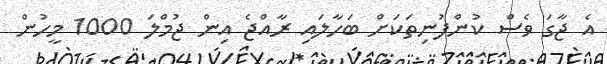
އެ ޖާގަ ވެސް ކުންފުނިތަކަށް ބަހާލައި ރާއްޖެ އިން ޖުމްލަ 1000 މީހުން